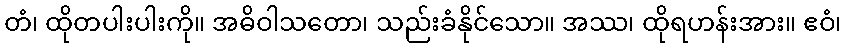
တံ၊ ထိုတပါးပါးကို။ အဓိဝါသတော၊ သည်းခံနိုင်သော။ အဿ၊ ထိုရဟန်းအား။ ဧဝံ၊